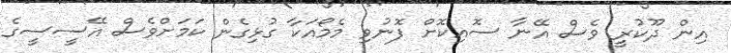
އިން ދޫކުރީ ވެސް އޭނާ ސޮއިކޮށް ފޮނުވި މެމޯއަކާ ގުޅިގެން ކަމަށްވެސް އޭސީސީގެ